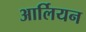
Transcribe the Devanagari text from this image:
आर्लियन